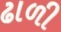
ઢાળી